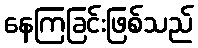
နေကြခြင်းဖြစ်သည်